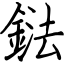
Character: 鍅